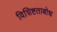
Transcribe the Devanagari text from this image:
विशिष्टताबोध